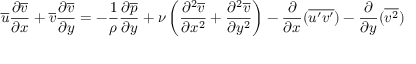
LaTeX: { \overline { { u } } } { \frac { \partial { \overline { { v } } } } { \partial x } } + { \overline { { v } } } { \frac { \partial { \overline { { v } } } } { \partial y } } = - { \frac { 1 } { \rho } } { \frac { \partial { \overline { { p } } } } { \partial y } } + \nu \left( { \frac { \partial ^ { 2 } { \overline { { v } } } } { \partial x ^ { 2 } } } + { \frac { \partial ^ { 2 } { \overline { { v } } } } { \partial y ^ { 2 } } } \right) - { \frac { \partial } { \partial x } } ( { \overline { { u ^ { \prime } v ^ { \prime } } } } ) - { \frac { \partial } { \partial y } } ( { \overline { { v ^ { 2 } } } } )